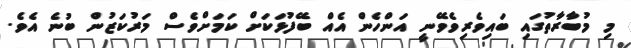
މި މުބާރާތުގައި ބައިވެރިވެވޭނީ އަންހެން އެއް ބޭފުޅަކަށް ކަމަށްވެސް މަރުކަޒުން ބުނެ އެވެ.